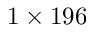
1 \times 1 9 6